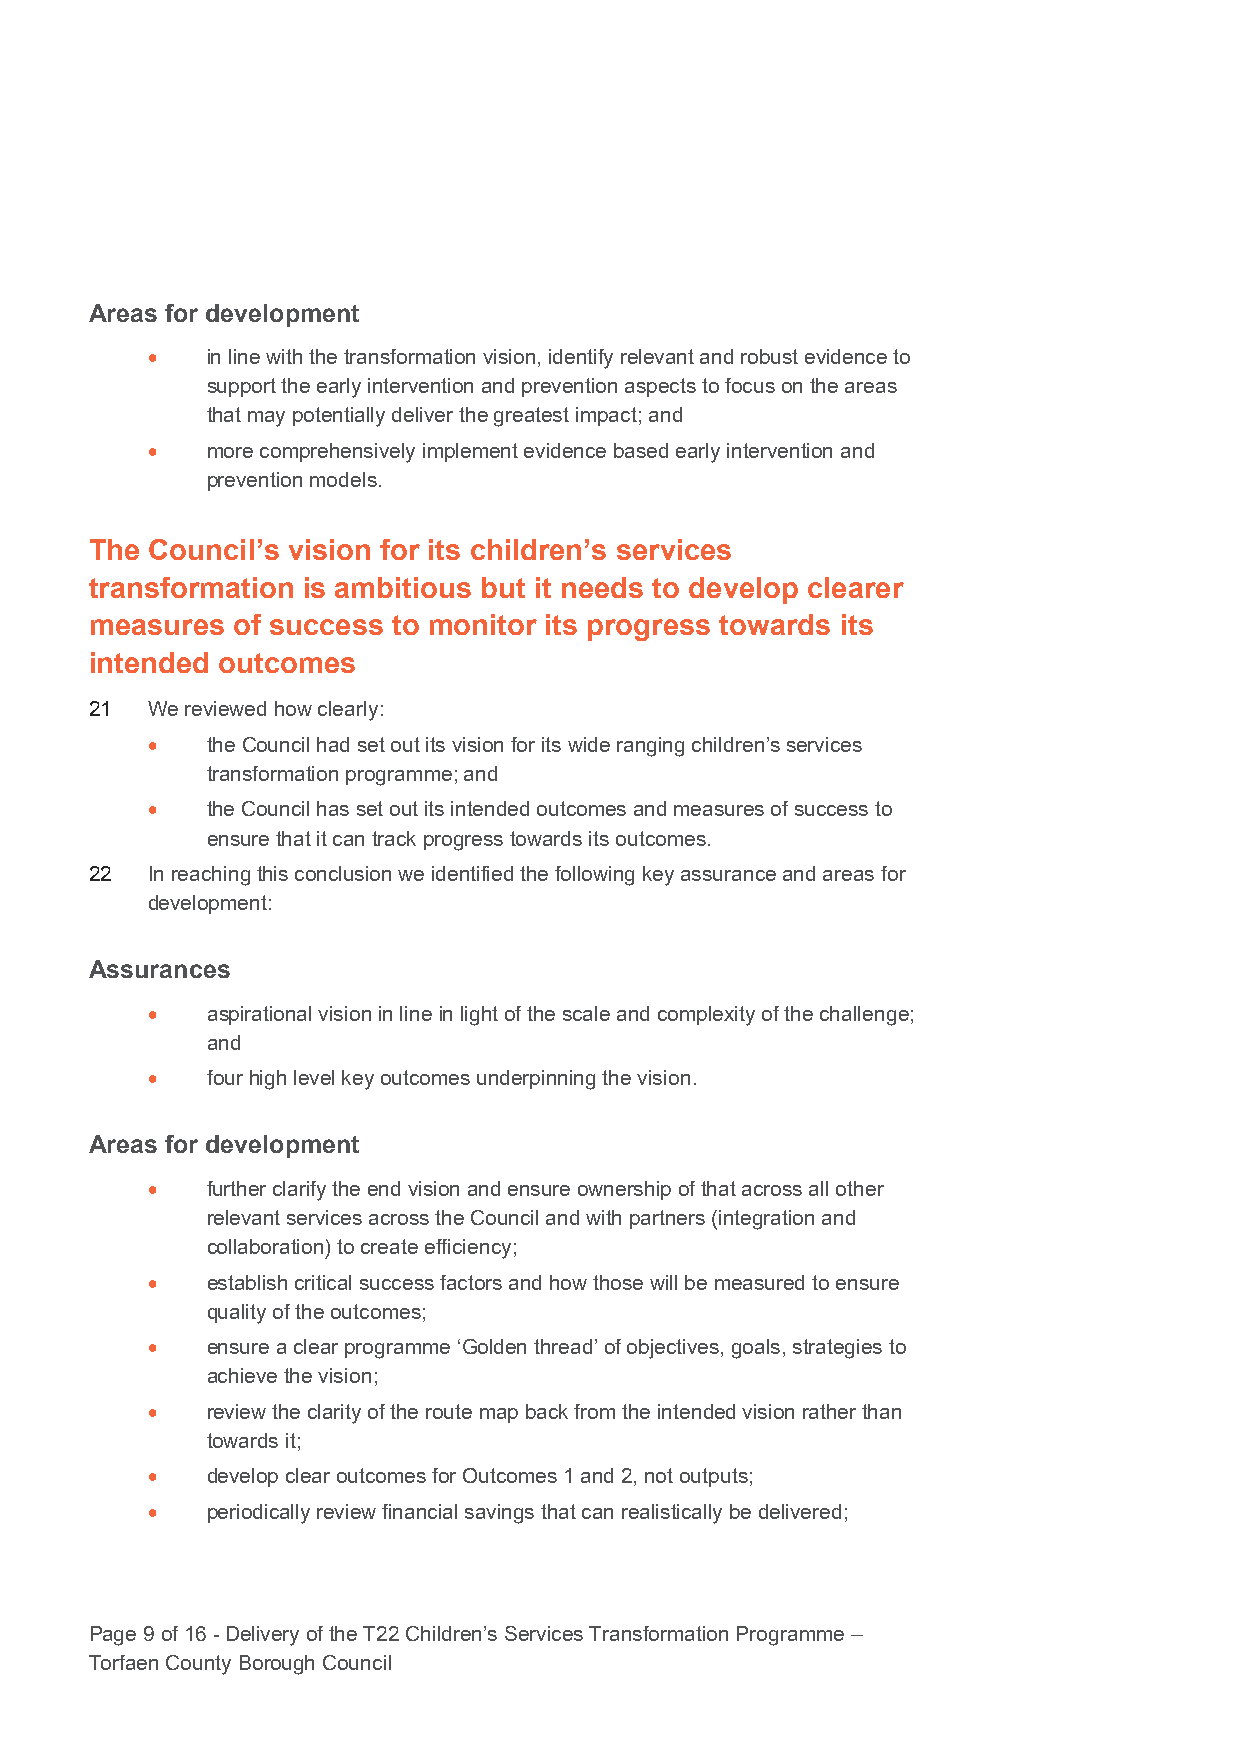
Areas for development
 •   in line with the transformation vision, identify relevant and robust evidence to
 support the early intervention and prevention aspects to focus on the areas
 that may potentially deliver the greatest impact; and
 •   more comprehensively implement evidence based early intervention and
 prevention models.
 The Council’s vision for its children’s services
 transformation is ambitious but it needs to develop clearer
 measures of success to monitor its progress towards its
 intended outcomes
 21  We reviewed how clearly:
 •   the Council had set out its vision for its wide ranging children’s services
 transformation programme; and
 •   the Council has set out its intended outcomes and measures of success to
 ensure that it can track progress towards its outcomes.
 22  In reaching this conclusion we identified the following key assurance and areas for
 development:
 Assurances
 •   aspirational vision in line in light of the scale and complexity of the challenge;
 and
 •   four high level key outcomes underpinning the vision.
 Areas for development
 •   further clarify the end vision and ensure ownership of that across all other
 relevant services across the Council and with partners (integration and
 collaboration) to create efficiency;
 •   establish critical success factors and how those will be measured to ensure
 quality of the outcomes;
 •   ensure a clear programme ‘Golden thread’ of objectives, goals, strategies to
 achieve the vision;
 •   review the clarity of the route map back from the intended vision rather than
 towards it;
 •   develop clear outcomes for Outcomes 1 and 2, not outputs;
 •   periodically review financial savings that can realistically be delivered;
 Page 9 of 16 - Delivery of the T22 Children’s Services Transformation Programme –
 Torfaen County Borough Council